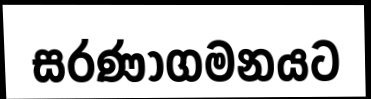
සරණාගමනයට